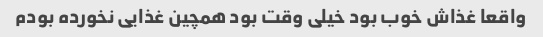
واقعا غذاش خوب بود خیلی وقت بود همچین غذایی نخورده بودم